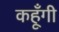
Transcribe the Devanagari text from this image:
कहूँगी